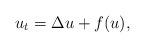
LaTeX: \begin{align*}u_t=\Delta u+f(u),\end{align*}